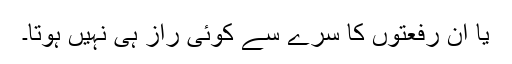
یا ان رفعتوں کا سرے سے کوئی راز ہی نہیں ہوتا۔